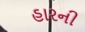
હારની